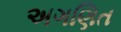
અગણિત